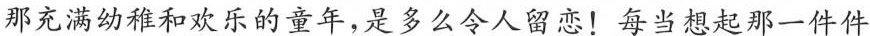
那充满幼稚和欢乐的童年，是多么令人留恋！每当想起那一件件